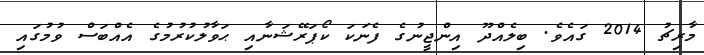
މާރިޗު 2014 ގައެވެ. ބިލެއްދޫ އިންޖީނުގެ ފެނަކަ ކޯޕަރޭޝަނާއި ޙަވާލުކުރުމުގެ އެއްބަސް ވުމުގައި